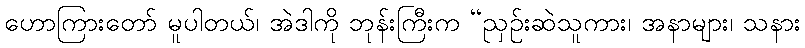
ဟောကြားတော် မူပါတယ်၊ အဲဒါကို ဘုန်းကြီးက “ညှဉ်းဆဲသူကား၊ အနာများ၊ သနား